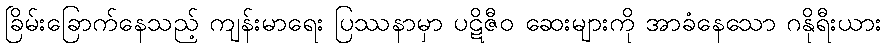
ခြိမ်းခြောက်နေသည့် ကျန်းမာရေး ပြဿနာမှာ ပဋိဇီဝ ဆေးများကို အာခံနေသော ဂနိုရီးယား